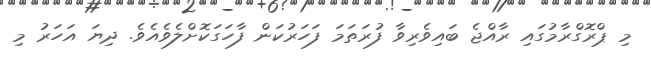
މި ޕްރޮގްރާމުގައި ރާއްޖެ ބައިވެރިވާ ފުރަތަމަ ފަހަރުކަން ފާހަގަކޮށްލެވެއެވެ. ދިޔަ އަހަރު މި